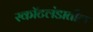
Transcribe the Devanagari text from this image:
स्कॉटलंडातील